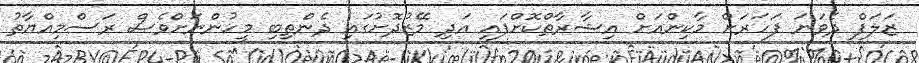
ޒަލަފް ދެވަނަ ފަހަރަށް މާކިންއަށް އިޝާރާތްކޮށްފައި އަދި މޭޒުދޮށުގައި ދެންތިބި މީހުންނަށްވެސް ރަސްމިއްޔާތު